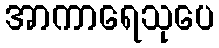
အာကာရေသုပေ